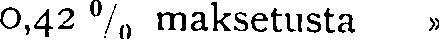
0,42 % maksetusta »